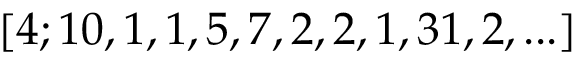
[ 4 ; 1 0 , 1 , 1 , 5 , 7 , 2 , 2 , 1 , 3 1 , 2 , . . . ]